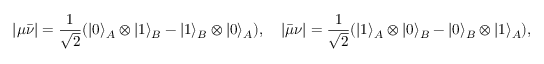
| \mu \bar { \nu } | = \frac { 1 } { \sqrt { 2 } } ( | 0 \rangle _ { A } \otimes | 1 \rangle _ { B } - | 1 \rangle _ { B } \otimes | 0 \rangle _ { A } ) , \quad | \bar { \mu } \nu | = \frac { 1 } { \sqrt { 2 } } ( | 1 \rangle _ { A } \otimes | 0 \rangle _ { B } - | 0 \rangle _ { B } \otimes | 1 \rangle _ { A } ) ,